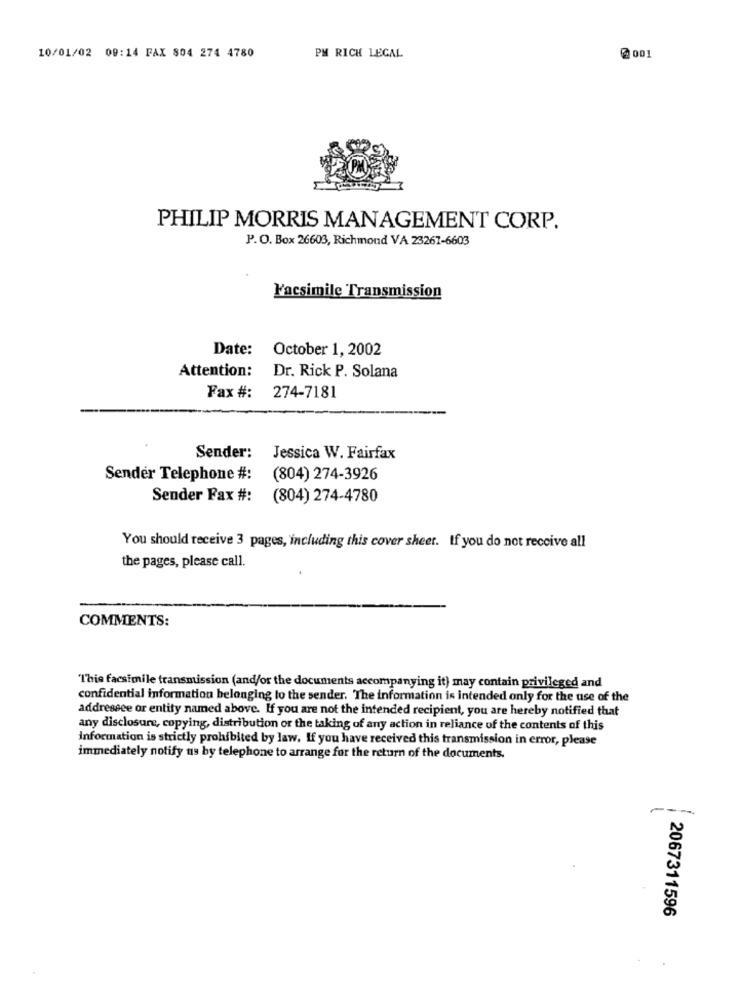
10/01/02 09:14 FAX 804 274 4780
PM RICH LEGAL
2 001
PHILIP MORRIS MANAGEMENT CORP.
P. O. Box 26603, Richmond VA 23267-6603
Facsimile Transmission
Date:
October 1, 2002
Attention:
Dr. Rick P. Solana
Fax #:
274-7181
Sender:
Jessica W. Fairfax
Sender Telephone #:
(804) 274-3926
Sender Fax #:
(804) 274-4780
You should receive 3 pages, including this cover sheet. If you do not receive all
the pages, please call.
COMMENTS:
This facsimile transmission (and/or the documents accompanying it) may contain privileged and
confidential information belonging to the sender. The information is intended only for the use of the
addressee or entity named above. If you are not the intended recipient, you are hereby notified that
any disclosure, copying, distribution or the taking of any action in reliance of the contents of this
Information is strictly prohibited by law. If you have received this transmission in error, please
immediately notify us by telephone to arrange for the return of the documents.
2067311596